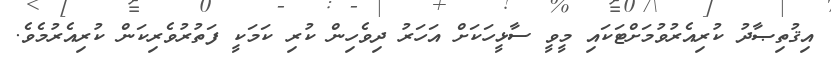
އިޤުތިޞާދު ކުރިއެރުވުމަށްޓަކައި މީވީ ސާޅީހަކަށް އަހަރު ދިވެހިން ކުރި ކަމަކީ ފަތުރުވެރިކަން ކުރިއެރުމެވެ.